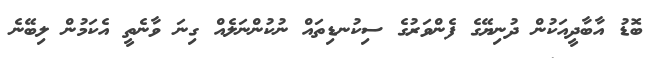
ބޮޑު އާބާދީއަކުން ދުނިޔޭގެ ފެންވަރުގެ ސިކުނޑިތައް ނުކުންނަލެއް ގިނަ ވާނެތީ އެކަމުން ލިބޭނެ